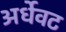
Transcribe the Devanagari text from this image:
अर्धेवट